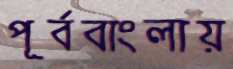
পূর্ববাংলায়